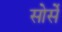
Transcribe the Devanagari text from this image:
सोर्से